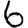
Digit: 6